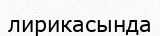
лирикасында